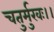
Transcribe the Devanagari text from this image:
चतुर्मुखः।।